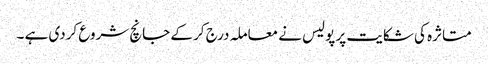
متاثرہ کی شکایت پر پولیس نے معاملہ درج کر کے جانچ شروع کردی ہے ۔